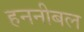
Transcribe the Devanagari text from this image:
हननीबल